General report no. 6 on the lunatic asylums, vaccination and dispensaries in the Bengal Presidency, 1873 -
Year: 1873
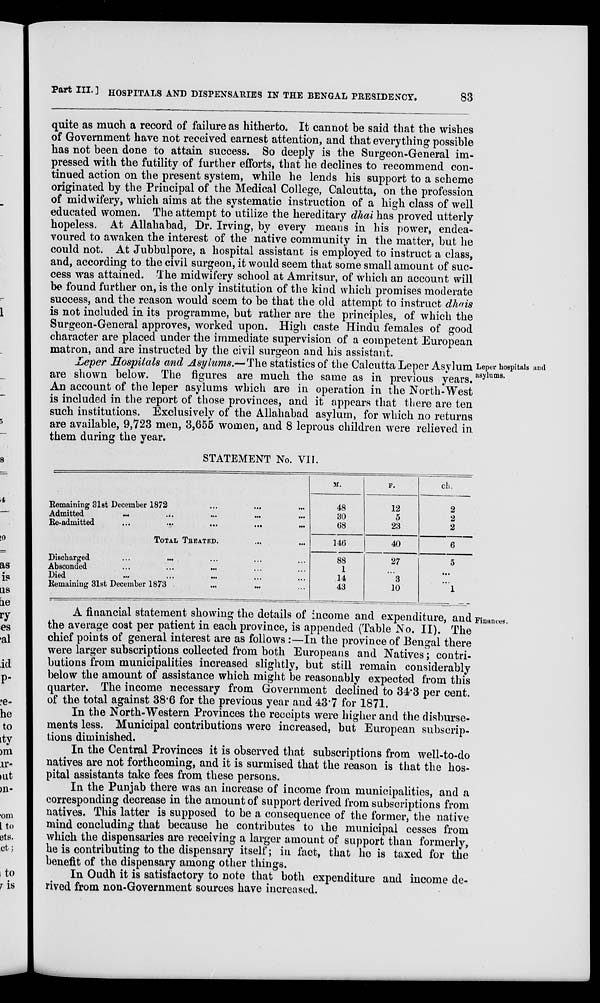
Part III. ] HOSPITALS AND DISPENSARIES IN THE BENGAL PRESIDENCY.
83
quite as much a record of failure as hitherto. It cannot be said that the wishes
of Government have not received earnest attention, and that everything possible
has not been done to attain success. So deeply is the Surgeon-General im-
pressed with the futility of further efforts, that he declines to recommend con-
tinued action on the present system, while he lends his support to a scheme
originated by the Principal of the Medical College, Calcutta, on the profession
of midwifery, which aims at the systematic instruction of a high class of well
educated women. The attempt to utilize the hereditary dhai has proved utterly
hopeless. At Allahabad, Dr. Irving, by every means in his power, endea-
voured to awaken the interest of the native community in the matter, but he
could not. At Jubbulpore, a hospital assistant is employed to instruct a class,
and, according to the civil surgeon, it would seem that some small amount of suc-
cess was attained. The midwifery school at Amritsur, of which an account will
be found further on, is the only institution of the kind which promises moderate
success, and the reason would seem to be that the old attempt to instruct dhais
is not included in its programme, but rather are the principles, of which the
Surgeon-General approves, worked upon. High caste Hindu females of good
character are placed under the immediate supervision of a competent European
matron, and are instructed by the civil surgeon and his assistant.
Leper hospitals and
asylums.
Leper Hospitals and Asylums.— The statistics of the Calcutta Leper Asylum
are shown below. The figures are much the same as in previous years.
An account of the leper asylums which are in operation in the North-West
is included in the report of those provinces, and it appears that there are ten
such institutions. Exclusively of the Allahabad asylum, for which no returns
are available, 9,723 men, 3,655 women, and 8 leprous children were relieved in
them during the year.
STATEMENT No. VII.
Remaining 31st December 1872 ... ... ...
Admitted
...
...
...
...
...
Re-admitted
... ... ... ... ...
TOTAL TREATED. ... ...
Discharged ... ... ... ... ...
Absconded ... ... ... ... ...
Died
...
...
...
...
...
Remaining 31st December 1873 ... ... ...
M.
48
30
68
146
88
1
14
43
F.
12
5
23
40
27
...
3
10
ch.
2
2
2
6
5
...
...
1
Finances.
A financial statement showing the details of income and expenditure, and
the average cost per patient in each province, is appended (Table No. II). The
chief points of general interest are as follows :—In the province of Bengal there
were larger subscriptions collected from both Europeans and Natives; contri-
butions from municipalities increased slightly, but still remain considerably
below the amount of assistance which might be reasonably expected from this
quarter. The income necessary from Government declined to 34.3 per cent.
of the total against 38.6 for the previous year and 43.7 for 1871.
In the North-Western Provinces the receipts were higher and the disburse-
ments less. Municipal contributions were increased, but European subscrip-
tions diminished.
In the Central Provinces it is observed that subscriptions from well-to-do
natives are not forthcoming, and it is surmised that the reason is that the hos-
pital assistants take fees from these persons.
In the Punjab there was an increase of income from municipalities, and a
corresponding decrease in the amount of support derived from subscriptions from
natives. This latter is supposed to be a consequence of the former, the native
mind concluding that because he contributes to the municipal cesses from
which the dispensaries are receiving a larger amount of support than formerly,
he is contributing to the dispensary itself; in fact, that he is taxed for the
benefit of the dispensary among other things.
In Oudh it is satisfactory to note that both expenditure and income de-
rived from non-Government sources have increased.